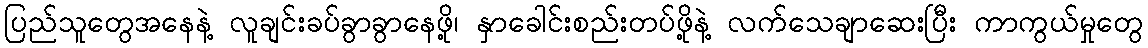
ပြည်သူတွေအနေနဲ့ လူချင်းခပ်ခွာခွာနေဖို့၊ နှာခေါင်းစည်းတပ်ဖို့နဲ့ လက်သေချာဆေးပြီး ကာကွယ်မှုတွေ